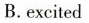
B.excited